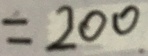
= 2 0 0 .